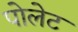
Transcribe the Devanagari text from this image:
पोलेट